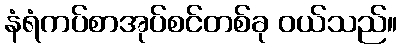
နံရံကပ်စာအုပ်စင်တစ်ခု ဝယ်သည်။